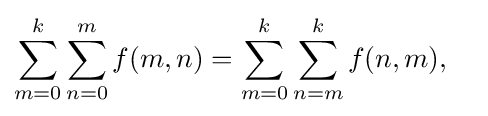
\sum _{m=0}^{k}\sum _{n=0}^{m}f(m,n)=\sum _{m=0}^{k}\sum _{n=m}^{k}f(n,m),\quad